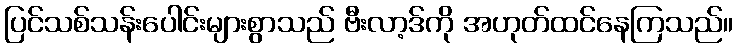
ပြင်သစ်သန်းပေါင်းများစွာသည် ဗီးလာ့ဒ်ကို အဟုတ်ထင်နေကြသည်။